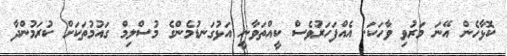
ކޮޅާހެން އޭނަ މަރުވި ވާހަކަ. އެއްފަހަރުވެސް ކީއްތަވާނީ އަޅުގަނޑުމެންގެ މުސްލިމް ގައުމުތަކަށް ކުރަމުންދާ